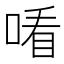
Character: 𠸦